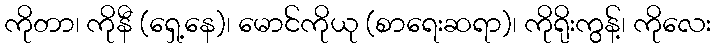
ကိုတာ၊ ကိုနီ (ရှေ့နေ)၊ မောင်ကိုယု (စာရေးဆရာ)၊ ကိုရိုးကွန့်၊ ကိုလေး